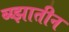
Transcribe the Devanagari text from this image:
ब्य्झातीन